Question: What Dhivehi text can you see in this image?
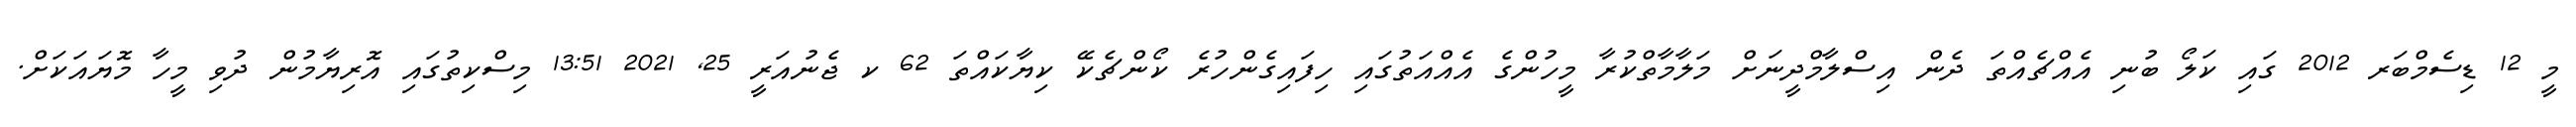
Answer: މީ 12 ޑިސެމްބަރ 2012 ގައި ކަލޯ ބުނި އެއްޗެއްތަ ދެން އިސްލާމްދީނަށް މަލާމާތްކުރާ މީހުންގެ އެއްއަތުގައި ހިފައިގެންހުރެ ކޯންޗެކޭ ކިޔާކައްތަ 62 ކ ޖެނުއަރީ 25, 2021 13:51 މިސްކިތުގައި އޮރިޔާމުން ދުވި މީހާ މޮޔައަކަށް.